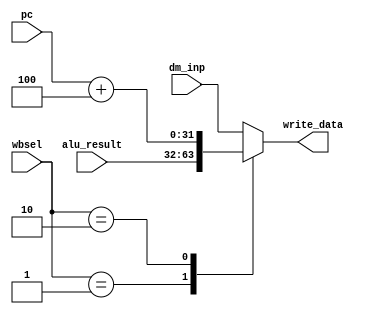
module regfile_wb_mux(
input [31:0] dm_inp,
input [31:0] alu_result,
input [31:0] pc,
input [1:0] wbsel,
output reg [31:0] write_data
);

always @(*)
begin
  case(wbsel)
   2'b00: write_data = dm_inp;
   2'b01: write_data = alu_result;
	2'b10: write_data = pc + 4;
	default: write_data = dm_inp;
  endcase 
end 

endmodule